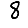
Digit: 8